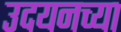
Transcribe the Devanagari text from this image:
उदयनच्या